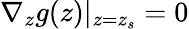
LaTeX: \nabla_{z}g(z)|_{z=z_{s}}=0